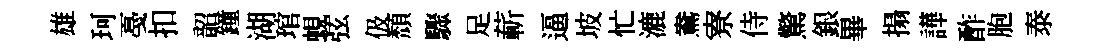
雄珂戞扣韶鐘湖琯蜆弦伋頹驟足蔪逼坡忙漉鴦寮侍驚銀畢搨譁酢胞泰